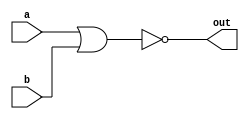
// This program was cloned from: https://github.com/milind7777/VerilogDocGen
// License: MIT License

module norgate(
  input a,
  input b,
  output out

);

  assign out = ~(a | b);

endmodule